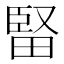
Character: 𤲗